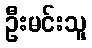
ဦးမင်းသူ